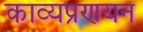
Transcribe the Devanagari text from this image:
काव्यप्रणयन